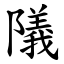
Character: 䧧